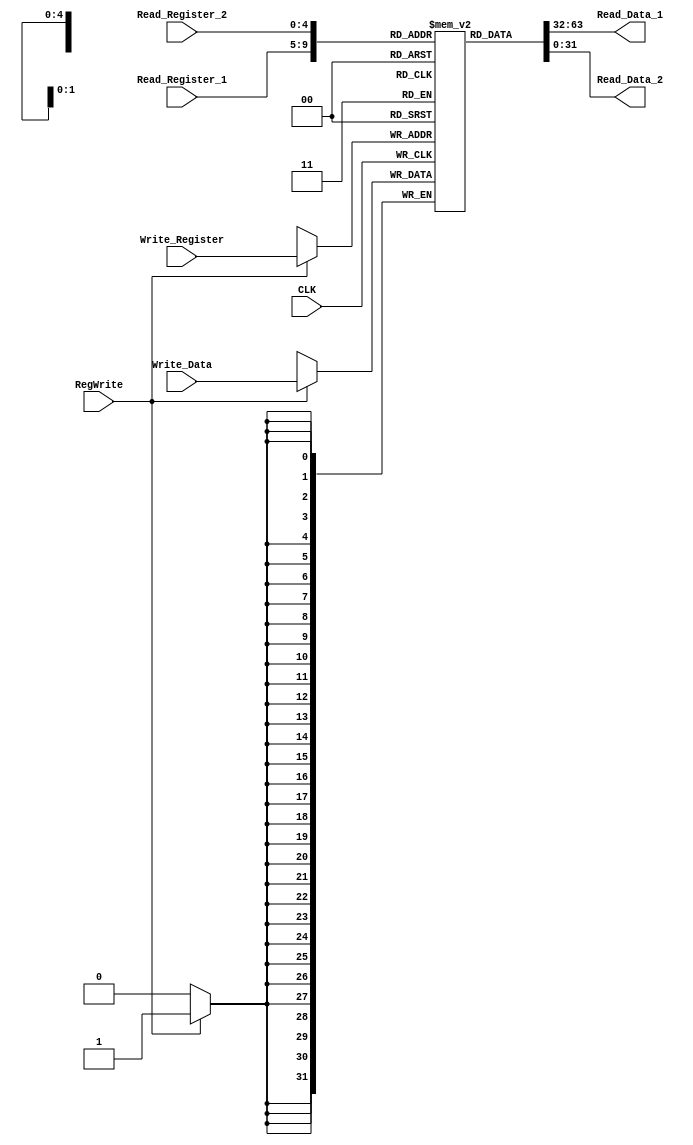
`timescale 1ns / 1ps
//////////////////////////////////////////////////////////////////////////////////
// Company: 
// Engineer: 
// 
// Design Name: 
// Module Name: Register_File
// Project Name: 
// Target Devices: 
// Tool Versions: 
// Description: 
// 
// Dependencies: 
// 
// Revision:
// Revision 0.01 - File Created
// Additional Comments:
// 
//////////////////////////////////////////////////////////////////////////////////


module Register_File(
     input [4:0] Read_Register_1,
     input [4:0] Read_Register_2,
     input [4:0] Write_Register,
     input [31:0] Write_Data,
     input RegWrite,
     input CLK,
     output reg [31:0] Read_Data_1,
     output reg [31:0] Read_Data_2
    );
    // Register addresses are 5 bits
    // Therefore the data space should be (2^5) x 32bit
    reg [31:0] Registers[31:0];
    
    
    //Instruction register is updated at negative edge (latched at positive edge)
    always @(Read_Register_1 or Read_Register_2)
    begin
        Read_Data_1 <= Registers[Read_Register_1];
        Read_Data_2 <= Registers[Read_Register_2];
    end

    //Writes are edge triggered
    always @(posedge CLK)
    begin
        if (RegWrite) Registers[Write_Register] <= Write_Data;
    end
  
//////////// Load values for the testing ///////////////
    initial begin
    // Initialize
        Registers[0] <= 32'd0;
        Registers[1] <= 32'd0;
        Registers[2] <= 32'd0;
        Registers[3] <= 32'd0;
        Registers[4] <= 32'd0;
        Registers[5] <= 32'd0;
        Registers[6] <= 32'd0;
        Registers[7] <= 32'd0;
        Registers[8] <= 32'd0;
        Registers[9] <= 32'd0;
        Registers[10] <= 32'd0;
        Registers[11] <= 32'd0;
    end
///////////////////////////////////////////////////////

endmodule